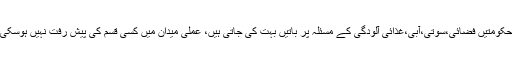
حکومتیں فضائی،سوتی،آبی،غذائی آلودگی کے مسئلہ پر باتیں بہت کی جاتی ہیں، عملی میدان میں کسی قسم کی پیش رفت نہیں ہوسکی۔